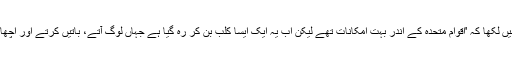
انھوں نے ٹوئٹر پر ایک پیغام میں لکھا کہ 'اقوامِ متحدہ کے اندر بہت امکانات تھے لیکن اب یہ ایک ایسا کلب بن کر رہ گیا ہے جہاں لوگ آتے، باتیں کرتے اور اچھا وقت گزار کر چلے جاتے ہیں۔